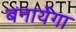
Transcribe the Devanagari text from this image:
बनायेंगा